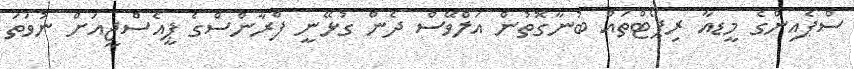
ސްޕެއިންގެ މީޑއާ ރިޕޯޓްތައް ބުނާގޮތުން އަލްވޭސް ދެން ގުޅޭނީ ފްރާންސްގެ ޕީއެސްޖީއަށް ނުވަތަ